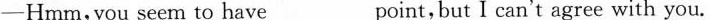
-Hmm,you seem to have___point,but I can't agree with you.